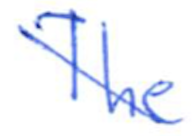
Text: The
Cross-out: diagonal
Writing tool: ballpoint